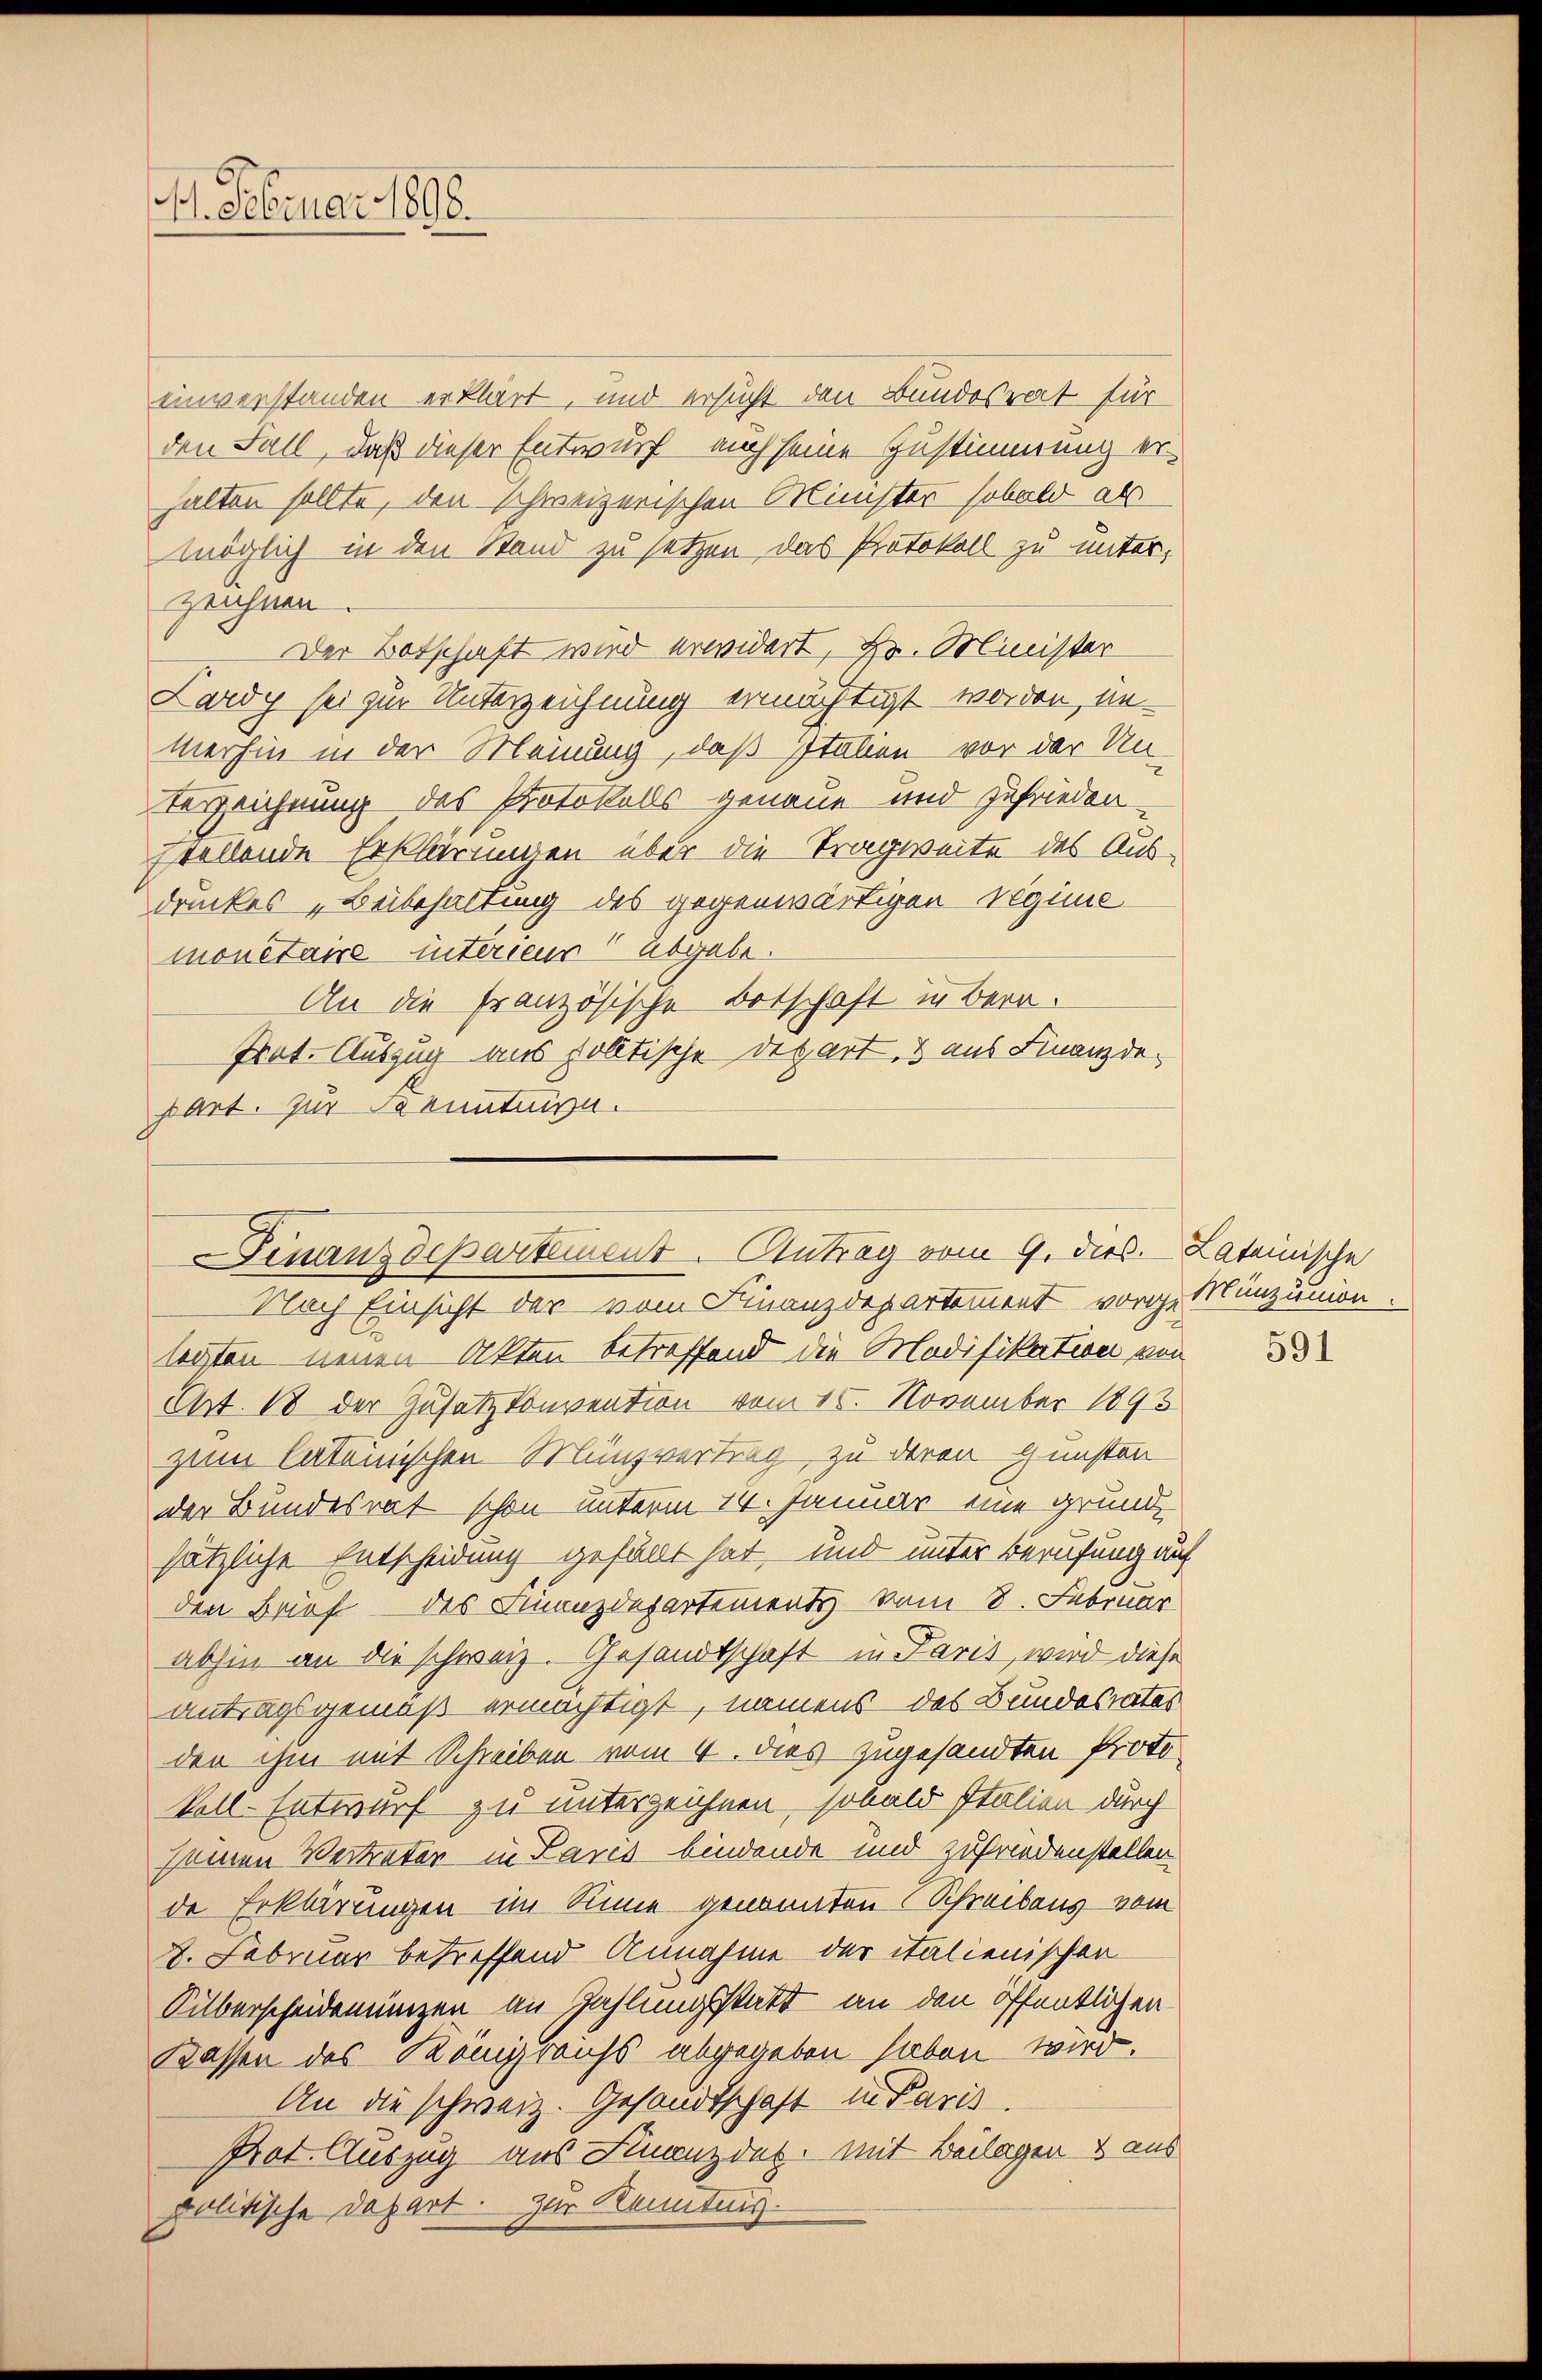
1. Februar 1898.

einverstanden erklärt, und ersucht den Bundesrat für
den Fall, daß dieser Entwurf auch seine Zustimmung erhalten sollte, den schweizerischen Minister sobald als
möglich in den Stand zu setzen, das Protokoll zu unter,
zeichnen.
Der Botschaft wird erwidert, Hr. Minister
Lardy sei zur Unterzeichnung ermächtigt worden, un-
merhin in der Meinung, daß Italien vor der Un-
Verzeichnung des Protokolls genaue und zufrieden-
stellende Erklärungen über die Tragweite des Ausdruckes „Beibehaltung des gegenwärtigen Vegime
monetaire interieur abgebe
An die französische Ortschaft in Bern
frot. Auszug aus solltische Depart. 3 aus Finanzdepart. Zur Kenntnisn.

Finanzdepartement. Antrag vom 9. dies. Lateinische

Nach Einsicht der vom Finanzdepartement vorge Münzunion.
legten neuen Akten betreffend die Modifikation von
Art. 18 der Zusatz konvention vom 15. November 1893
zum lateinischen Münzvertrag, zu deren Gunsten
der Bundesrat schon unterm 14. Januar eine grundsätzliche Entscheidung gefällt hat, und unter Berufung auf
den Brief des Finanzdepartements vom 8. Februar
abhin an die schweiz. Gesandtschaft in Paris, wird diese
antragsgemäß ermächtigt, namens des Bundesrates
den ihm mit Schreiben vom 4. dies zugesandten Protokoll-Entwurf zu unterzeichnen, sobald Italien durch
seinen Vertreter in Paris bindende und zufriedenstellen
de Erklärungen im Sinne genannten Schreibens vom
8. Februar betreffend Annahme der italienischen
Silberscheidenungen an Zahlungsstatt an den öffentlichen
Kassen des Königreichs abgegeben haben wird.
An die schweiz. Gesandtschaft in Paris,
Prot. Auszug aus Finanzdes, mit Beilagen & aus
politische Depart. Zur Kenntnis.

591